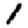
Digit: 1